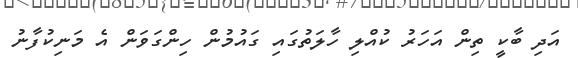
އަދި ބާކީ ތިން އަހަރު ކުއްލި ހާލަތުގައި ގައުމުން ހިންގަވަން އެ މަނިކުފާނު